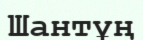
Шантұң